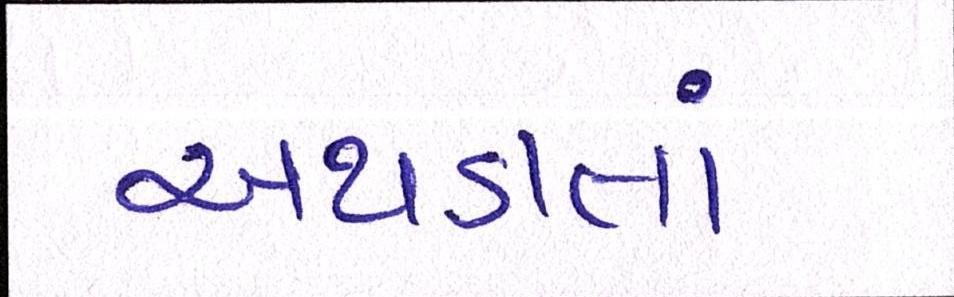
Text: અથડાતાં